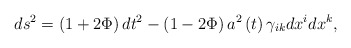
\begin{align*}ds^{2}=\left( 1+2\Phi \right) dt^{2}-\left( 1-2\Phi \right) a^{2}\left(t\right) \gamma _{ik}dx^{i}dx^{k},\end{align*}